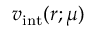
v _ { \mathrm { i n t } } ( r ; \mu )